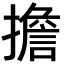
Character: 擔